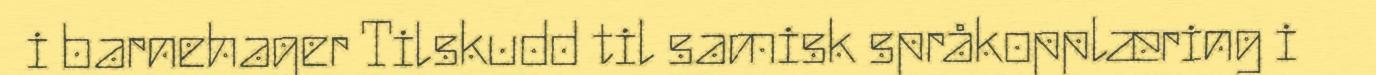
i barnehager Tilskudd til samisk språkopplæring i